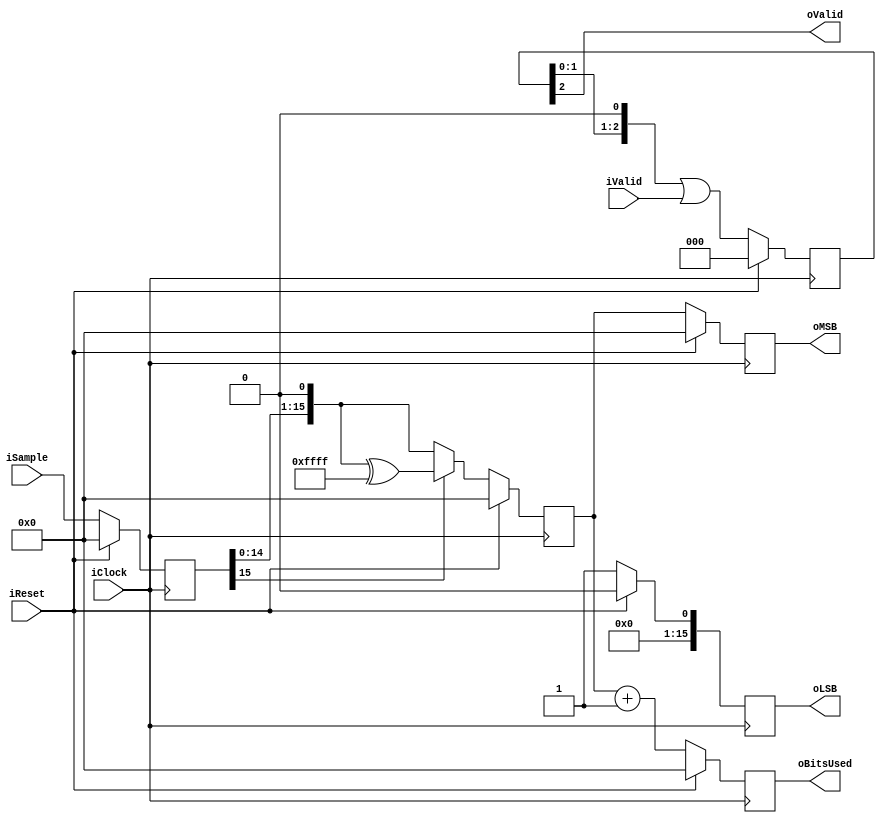
module RiceEncoder0 (
    input wire iClock,
    input wire iReset,
    
    input wire iValid,
    input wire signed [15:0] iSample, 
    output wire [15:0] oMSB,
    output wire [15:0] oLSB, 
    output wire [15:0] oBitsUsed,
    output wire oValid
    );

reg [15:0] sample, unsigned_sample;
reg [2:0] valid;
reg [15:0] msb, lsb, total;

assign oMSB = msb;
assign oLSB = lsb;
assign oBitsUsed = total;
assign oValid = valid[2];


always @(posedge iClock) begin
    if (iReset) begin
        sample <= 0;
        unsigned_sample <= 0;
        
        msb <= 0;
        lsb <= 0;
        total <= 0;
        
        valid <= 0;
    end else begin
        /* Register input */
        sample <= iSample;
        valid <= (valid << 1) | iValid;
        
        /* Convert sample to unsigned sample */
        if (sample[15]) begin
            unsigned_sample <= {sample[14:0], 1'b0} ^ 16'hffff;
        end else begin
            unsigned_sample <= {sample[14:0], 1'b0};
        end
        
        msb <= unsigned_sample;
        lsb <= 1;
        total <= unsigned_sample + 1;
    end
end

endmodule